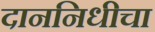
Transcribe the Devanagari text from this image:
दाननिधीचा